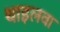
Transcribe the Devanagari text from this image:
थाइलवा